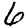
Digit: 6